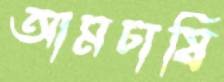
আমচাষি